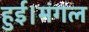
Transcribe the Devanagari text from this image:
हुई।मंगल